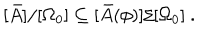
[ \bar { A } ] / [ \Omega _ { 0 } ] \subseteq [ \bar { A } ( \phi ) ] / [ \Omega _ { 0 } ] \ .